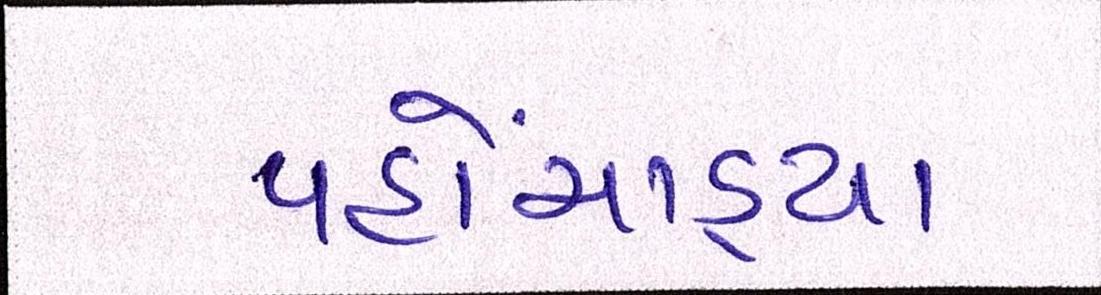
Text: પહોંચાડ્યા